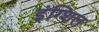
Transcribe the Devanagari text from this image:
इंग्शिल